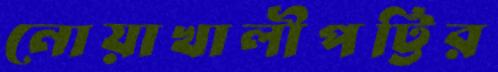
নোয়াখালীপট্টির